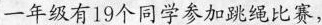
一年级有19个同学参加跳绳比赛，